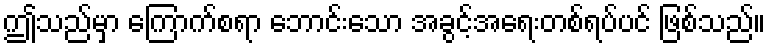
ဤသည်မှာ ကြောက်စရာ ဘောင်းသော အခွင့်အရေးတစ်ရပ်ပင် ဖြစ်သည်။